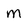
Character: M